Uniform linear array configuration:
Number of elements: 24
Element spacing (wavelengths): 0.75
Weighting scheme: hann
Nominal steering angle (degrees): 30
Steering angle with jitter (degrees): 29.153
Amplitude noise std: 0.05
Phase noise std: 0.05

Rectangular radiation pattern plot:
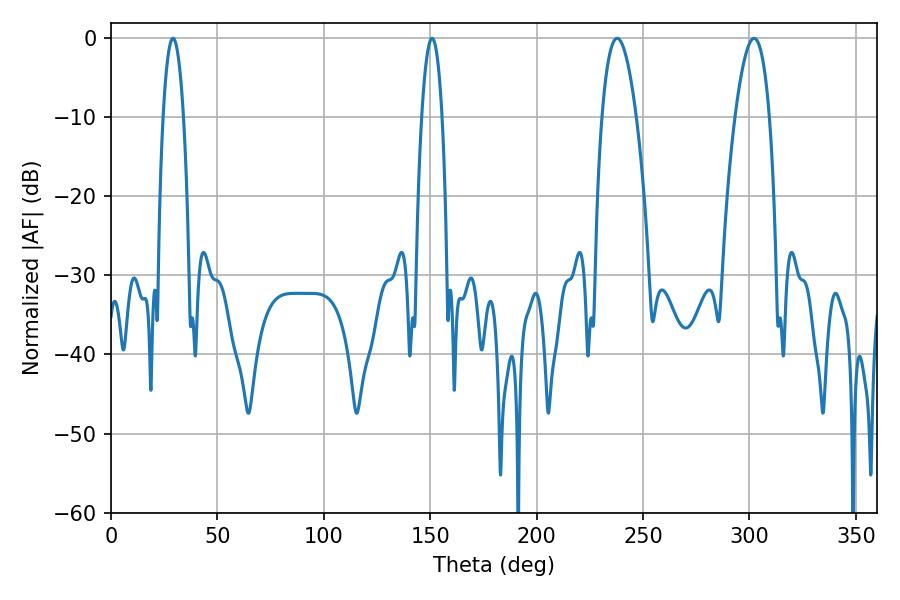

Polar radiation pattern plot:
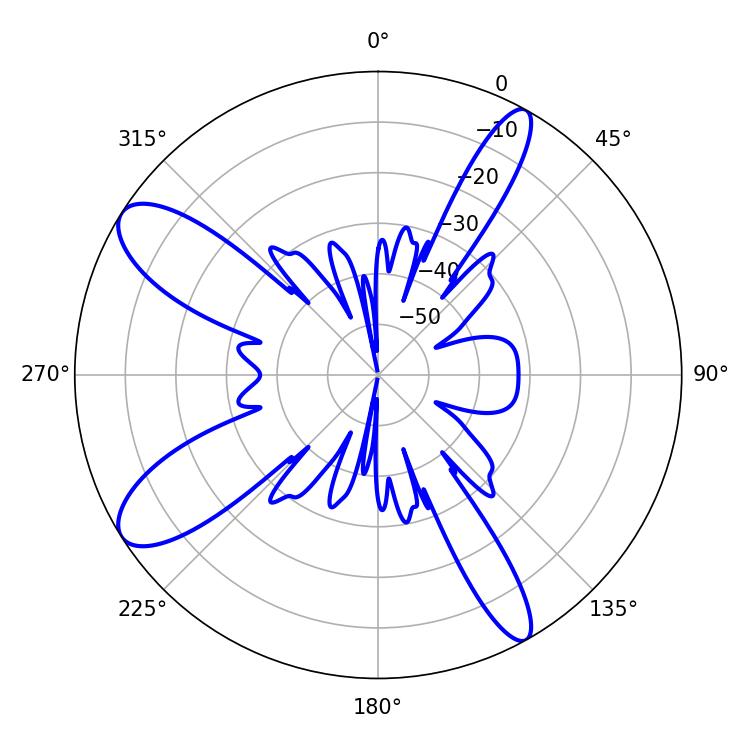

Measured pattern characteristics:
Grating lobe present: TRUE
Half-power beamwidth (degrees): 5.4
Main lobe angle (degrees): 29.16